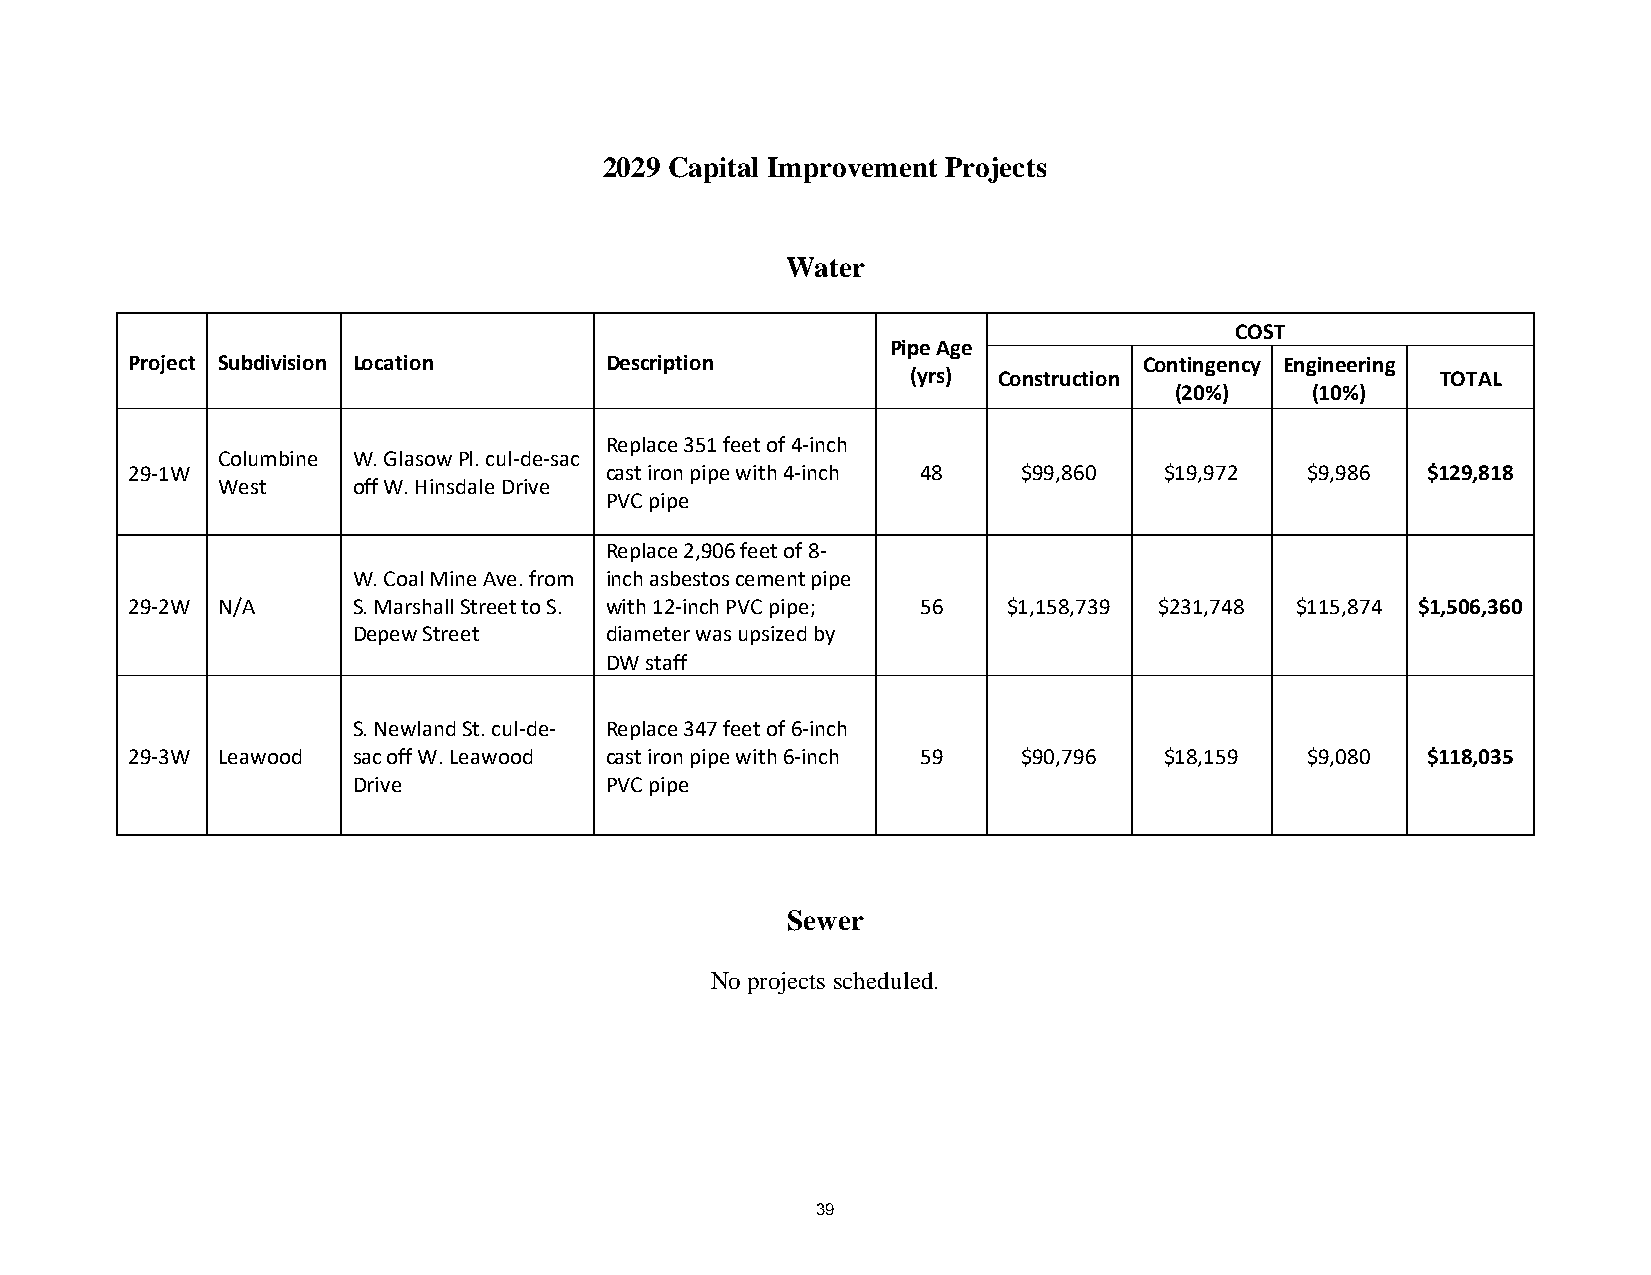
2029 Capital Improvement Projects
 Water
 COST
 Pipe Age
 Project Subdivision Location    Description                         Contingency Engineering
 (yrs) Construction                 TOTAL
 (20%)    (10%)
 Replace 351 feet of 4-inch
 Columbine W. Glasow Pl. cul-de-sac
 29-1W                           cast iron pipe with 4-inch 48 $99,860 $19,972 $9,986  $129,818
 West     off W. Hinsdale Drive
 PVC pipe
 Replace 2,906 feet of 8-
 W. Coal Mine Ave. from inch asbestos cement pipe
 29-2W N/A      S. Marshall Street to S. with 12-inch PVC pipe; 56 $1,158,739 $231,748 $115,874 $1,506,360
 Depew Street     diameter was upsized by
 DW staff
 S. Newland St. cul-de- Replace 347 feet of 6-inch
 29-3W Leawood  sac off W. Leawood cast iron pipe with 6-inch 59 $90,796 $18,159 $9,080 $118,035
 Drive            PVC pipe
 Sewer
 No projects scheduled.
 39